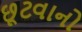
છૂટવાનો